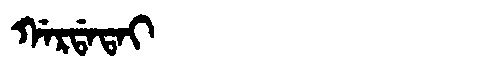
Manchu: ᡤᠠᡵᡩᠠᡨᠠᡳ
Romanization: GARDATAI